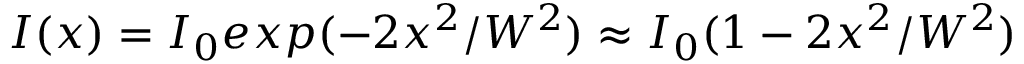
I ( x ) = I _ { 0 } e x p ( - 2 x ^ { 2 } / W ^ { 2 } ) \approx I _ { 0 } ( 1 - 2 x ^ { 2 } / W ^ { 2 } )